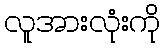
လူအားလုံးကို